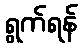
ရွက်ရန်